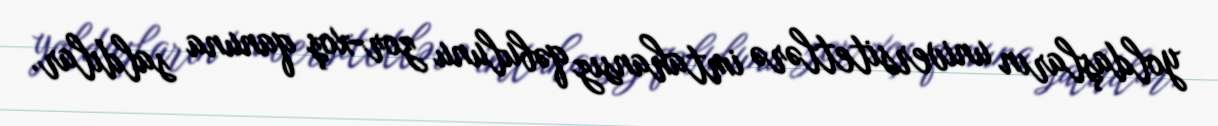
yoldaşların universitetlərə imtahansız qəbulunu zor-xoş qanuna saldılar.